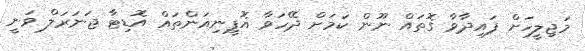
މަޖިލީހަށް ފައިދާވާ ގޮތައް ނޫން ކަމަށް ދޭހަވާ އޮޕީނިއަންތައް އޮޑިޓާ ޖަނަރަލް ވަނީ